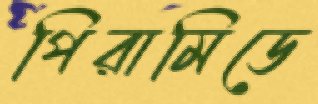
পিরামিডে